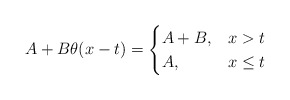
\begin{align*}\begin{aligned}A+B\theta(x-t)=\begin{cases} A+B, & x>t\\ A, & x\leq t\\\end{cases}\end{aligned}\end{align*}